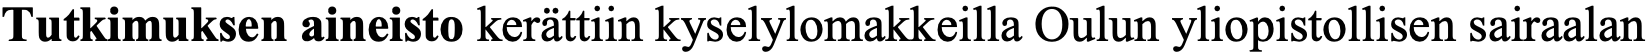
Tutkimuksen aineisto kerättiin kyselylomakkeilla Oulun yliopistollisen sairaalan